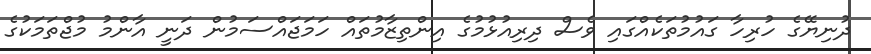
ދުނިޔޭގެ ހުރިހާ ގައުމުތަކެއްގައި ވެސް ދިރިއުޅުމުގެ އިންތިޒާމުތައް ހަމަޖައްސަމުން ދަނީ އާންމު މުޖްތަމަކުގެ